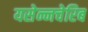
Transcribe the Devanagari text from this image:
यसेन्नचेरिब